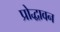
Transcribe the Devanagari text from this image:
प्रोद्धावन